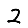
Digit: 2